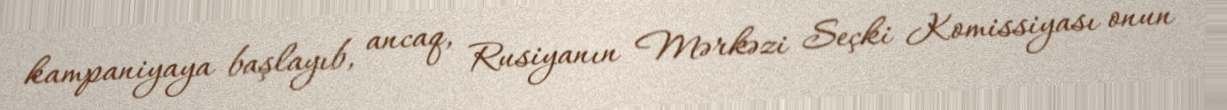
kampaniyaya başlayıb, ancaq, Rusiyanın Mərkəzi Seçki Komissiyası onun